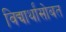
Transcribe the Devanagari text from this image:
विद्यार्थांसोबत